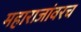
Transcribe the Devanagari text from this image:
महाराजांवरच